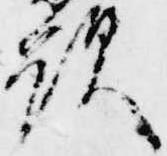
顕